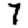
Digit: 7